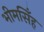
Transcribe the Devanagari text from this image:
भीमसिँह